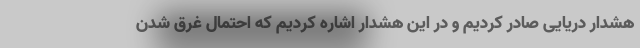
هشدار دریایی صادر کردیم و در این هشدار اشاره کردیم که احتمال غرق شدن